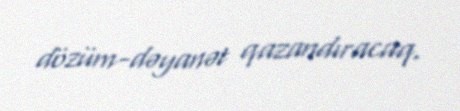
dözüm-dəyanət qazandıracaq.